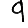
Digit: 9